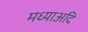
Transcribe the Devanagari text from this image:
मध्याअदि